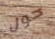
حول